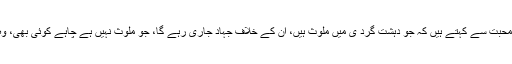
ہم ایک بار پھر بڑے پیار اورمحبت سے کہتے ہیں کہ جو دہشت گرد ی میں ملوث ہیں، ان کے خلاف جہاد جاری رہے گا، جو ملوث نہیں ہے چاہے کوئی بھی، وہ ہمیں دل وجان سے پیارا ہے۔